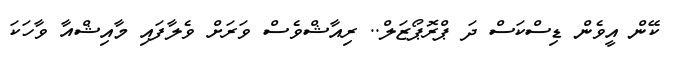
ކޭން އީވެން ޑިސްކަސް ދަ ޕްރޮޕޯޒަލް.. ރިއާޝްވެސް ވަރަށް ވެލާފައި މާއިޝްއާ ވާހަކަ